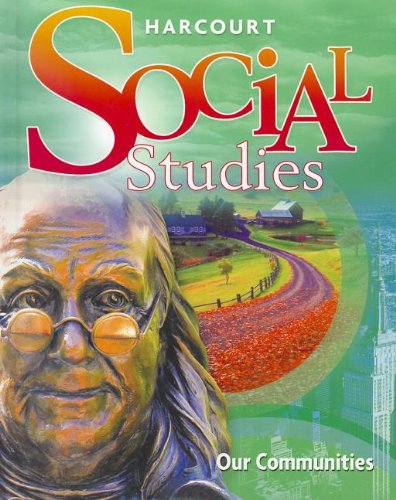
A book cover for Harcourt Social Studies: Student Edition Grade 3 Our Communities 2010; HARCOURT SCHOOL PUBLISHERS; Children's Books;